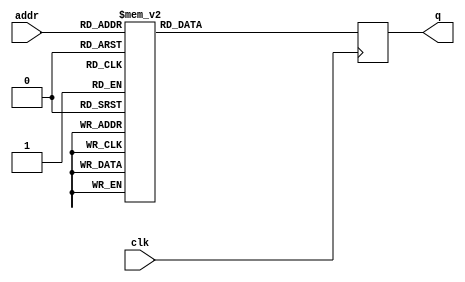
module rom (
    input [5:0]addr,
    input clk,
    output reg [7:0]q
);

always @(posedge clk) begin
    case (addr)
//    3'b000: q = 8'b01011011; // [
//    3'b001: q = 8'b01000110; // F
//    3'b010: q = 8'b01010000; // P
//    3'b011: q = 8'b01000111; // G
//    3'b100: q = 8'b01000001; // A
//    3'b101: q = 8'b01011101; // ]
//    3'b110: q = 8'b00001101; // \r
//    3'b111: q = 8'b00001010; // \n
        6'b000000: q = 8'b00100000; // ' '
        6'b000001: q = 8'b01111100; // '|'
        6'b000010: q = 8'b01011100; // '\'
        6'b000011: q = 8'b01011111; // '_'
        6'b000100: q = 8'b01011111; // '_'
        6'b000101: q = 8'b00101111; // '/'
        6'b000110: q = 8'b00101100; // ','
        6'b000111: q = 8'b01111100; // '|'
        6'b001000: q = 8'b00100000; // ' '
        6'b001001: q = 8'b00100000; // ' '
        6'b001010: q = 8'b00100000; // ' '
        6'b001011: q = 8'b00101000; // '('
        6'b001100: q = 8'b01100000; // '`'
        6'b001101: q = 8'b01011100; // '\'
        6'b001110: q = 8'b00001101; // '\r'
        6'b001111: q = 8'b00001010; // '\n'
        6'b010000: q = 8'b00100000; // ' '
        6'b010001: q = 8'b01111100; // '|'
        6'b010010: q = 8'b01011111; // '_'
        6'b010011: q = 8'b00100000; // ' '
        6'b010100: q = 8'b01011111; // '_'
        6'b010101: q = 8'b00100000; // ' '
        6'b010110: q = 8'b00100000; // ' '
        6'b010111: q = 8'b01111100; // '|'
        6'b011000: q = 8'b00101110; // '.'
        6'b011001: q = 8'b00101101; // '-'
        6'b011010: q = 8'b00101101; // '-'
        6'b011011: q = 8'b00101110; // '.'
        6'b011100: q = 8'b00101001; // ')'
        6'b011101: q = 8'b00100000; // ' '
        6'b011110: q = 8'b00101001; // ')'
        6'b011111: q = 8'b00001101; // '\r'
        6'b100000: q = 8'b00001010; // '\n'
        6'b100001: q = 8'b00100000; // ' '
        6'b100010: q = 8'b00101000; // '('
        6'b100011: q = 8'b00100000; // ' '
        6'b100100: q = 8'b01010100; // 'T'
        6'b100101: q = 8'b00100000; // ' '
        6'b100110: q = 8'b00100000; // ' '
        6'b100111: q = 8'b00100000; // ' '
        6'b101000: q = 8'b00101001; // ')'
        6'b101001: q = 8'b00100000; // ' '
        6'b101010: q = 8'b00100000; // ' '
        6'b101011: q = 8'b00100000; // ' '
        6'b101100: q = 8'b00100000; // ' '
        6'b101101: q = 8'b00100000; // ' '
        6'b101110: q = 8'b00101111; // '/'
        6'b101111: q = 8'b00001101; // '\r'
        6'b110000: q = 8'b00001010; // '\n'
        6'b110001: q = 8'b00101000; // '('
        6'b110010: q = 8'b00101000; // '('
        6'b110011: q = 8'b00101000; // '('
        6'b110100: q = 8'b01011110; // '^'
        6'b110101: q = 8'b01011111; // '_'
        6'b110110: q = 8'b00101000; // '('
        6'b110111: q = 8'b00101000; // '('
        6'b111000: q = 8'b00101000; // '('
        6'b111001: q = 8'b00101111; // '/'
        6'b111010: q = 8'b00101000; // '('
        6'b111011: q = 8'b00101000; // '('
        6'b111100: q = 8'b01011111; // '_'
        6'b111101: q = 8'b00101111; // '/'
        6'b111110: q = 8'b00001101; // '\r'
        6'b111111: q = 8'b00001010; // '\n'
    endcase
end

endmodule